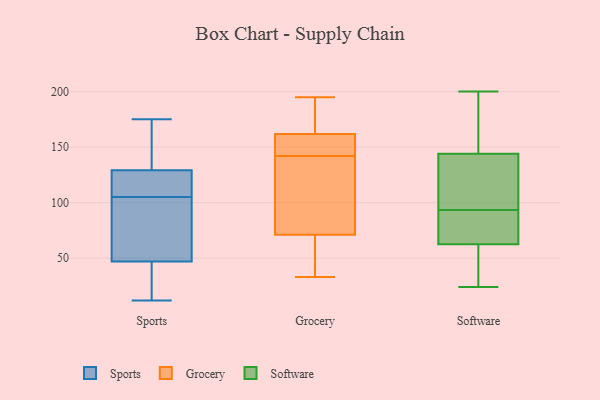
{"axis": {"x": "Headcount", "y": "Value"}, "legend": ["Grocery", "Software", "Sports"], "data": [{"x": "", "y": 47, "type": "Sports"}, {"x": "", "y": 138, "type": "Sports"}, {"x": "", "y": 175, "type": "Sports"}, {"x": "", "y": 158, "type": "Sports"}, {"x": "", "y": 90, "type": "Sports"}, {"x": "", "y": 105, "type": "Sports"}, {"x": "", "y": 123, "type": "Sports"}, {"x": "", "y": 47, "type": "Sports"}, {"x": "", "y": 12, "type": "Sports"}, {"x": "", "y": 23, "type": "Sports"}, {"x": "", "y": 35, "type": "Sports"}, {"x": "", "y": 57, "type": "Sports"}, {"x": "", "y": 64, "type": "Sports"}, {"x": "", "y": 113, "type": "Sports"}, {"x": "", "y": 135, "type": "Sports"}, {"x": "", "y": 105, "type": "Sports"}, {"x": "", "y": 131, "type": "Sports"}, {"x": "", "y": 124, "type": "Sports"}, {"x": "", "y": 29, "type": "Sports"}, {"x": "", "y": 144, "type": "Grocery"}, {"x": "", "y": 130, "type": "Grocery"}, {"x": "", "y": 81, "type": "Grocery"}, {"x": "", "y": 131, "type": "Grocery"}, {"x": "", "y": 180, "type": "Grocery"}, {"x": "", "y": 161, "type": "Grocery"}, {"x": "", "y": 41, "type": "Grocery"}, {"x": "", "y": 195, "type": "Grocery"}, {"x": "", "y": 143, "type": "Grocery"}, {"x": "", "y": 35, "type": "Grocery"}, {"x": "", "y": 33, "type": "Grocery"}, {"x": "", "y": 164, "type": "Grocery"}, {"x": "", "y": 142, "type": "Grocery"}, {"x": "", "y": 27, "type": "Software"}, {"x": "", "y": 24, "type": "Software"}, {"x": "", "y": 94, "type": "Software"}, {"x": "", "y": 71, "type": "Software"}, {"x": "", "y": 182, "type": "Software"}, {"x": "", "y": 60, "type": "Software"}, {"x": "", "y": 93, "type": "Software"}, {"x": "", "y": 65, "type": "Software"}, {"x": "", "y": 106, "type": "Software"}, {"x": "", "y": 197, "type": "Software"}, {"x": "", "y": 101, "type": "Software"}, {"x": "", "y": 200, "type": "Software"}]}